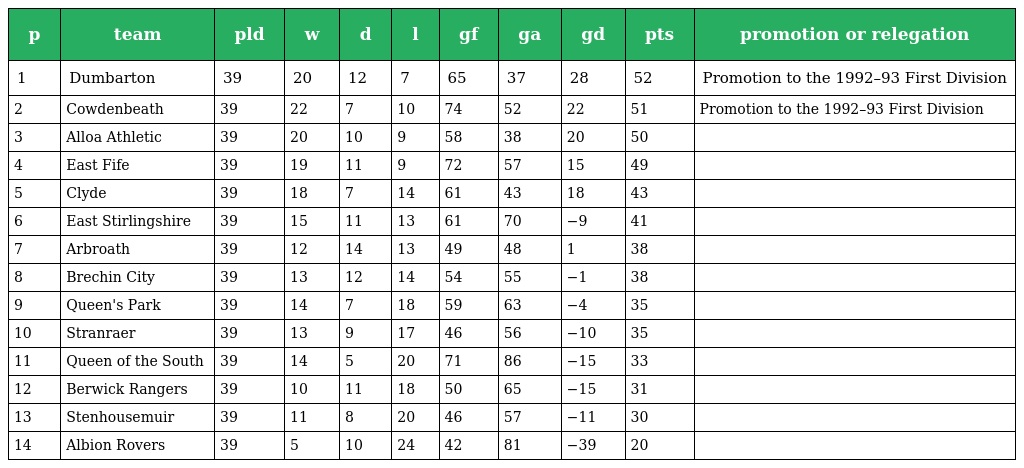
| p | team | pld | w | d | l | gf | ga | gd | pts | promotion or relegation |
 | --- | --- | --- | --- | --- | --- | --- | --- | --- | --- | --- |
 | 1 | Dumbarton | 39 | 20 | 12 | 7 | 65 | 37 | 28 | 52 | Promotion to the 1992–93 First Division |
 | 2 | Cowdenbeath | 39 | 22 | 7 | 10 | 74 | 52 | 22 | 51 | Promotion to the 1992–93 First Division |
 | 3 | Alloa Athletic | 39 | 20 | 10 | 9 | 58 | 38 | 20 | 50 |  |
 | 4 | East Fife | 39 | 19 | 11 | 9 | 72 | 57 | 15 | 49 |  |
 | 5 | Clyde | 39 | 18 | 7 | 14 | 61 | 43 | 18 | 43 |  |
 | 6 | East Stirlingshire | 39 | 15 | 11 | 13 | 61 | 70 | −9 | 41 |  |
 | 7 | Arbroath | 39 | 12 | 14 | 13 | 49 | 48 | 1 | 38 |  |
 | 8 | Brechin City | 39 | 13 | 12 | 14 | 54 | 55 | −1 | 38 |  |
 | 9 | Queen's Park | 39 | 14 | 7 | 18 | 59 | 63 | −4 | 35 |  |
 | 10 | Stranraer | 39 | 13 | 9 | 17 | 46 | 56 | −10 | 35 |  |
 | 11 | Queen of the South | 39 | 14 | 5 | 20 | 71 | 86 | −15 | 33 |  |
 | 12 | Berwick Rangers | 39 | 10 | 11 | 18 | 50 | 65 | −15 | 31 |  |
 | 13 | Stenhousemuir | 39 | 11 | 8 | 20 | 46 | 57 | −11 | 30 |  |
 | 14 | Albion Rovers | 39 | 5 | 10 | 24 | 42 | 81 | −39 | 20 |  |